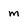
Character: m